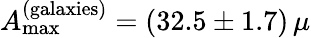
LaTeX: A_{\mathrm{max}}^{\mathrm{(galaxies)}}=(32.5\pm 1.7)\, \mu